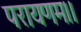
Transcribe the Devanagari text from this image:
परायणम।।